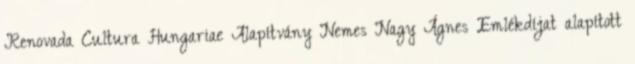
Renovada Cultura Hungariae Alapítvány Nemes Nagy Ágnes Emlékdíjat alapított